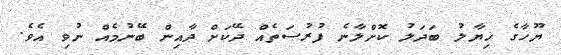
ޔޫހާގެ ޚިޔާލު ބަދަލު ކޮށްލާނެ ފުރުސަތެއް ދޭކަށް ދާއިން ބޭނުމެއް ނުވި އެވެ.